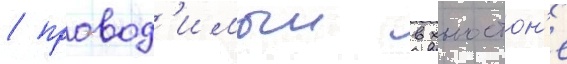
/ провод'имыи в хьюстон'е